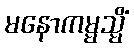
မနောကမ္မသ္မိံ